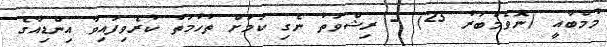
މުމްބާއީ (ނޮވެމްބަރު 25) - ރިޝްވަތު ނެގި ކަމަށް ތުހުމަތު ކުރެވިފައިވާ އިންޑިއާގެ